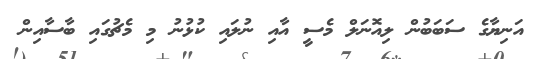
އަނިޔާގެ ސަބަބުން ލިއޮނަލް މެސީ އާއި ނުލައި ކުޅުނު މި މެޗުގައި ބާސާއިން